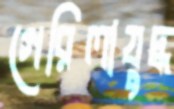
গেরিলাযুদ্ধ